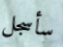
سأسجل